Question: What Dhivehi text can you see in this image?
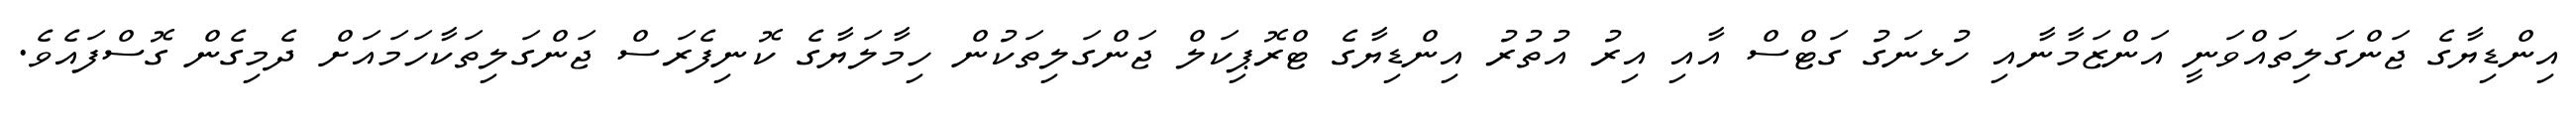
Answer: އިންޑިޔާގެ ޖަންގަލިތައްވަނީ އަންޒަމާނާއި ހުޅނަގު ގަޓްސް އާއި އިރު އުތުރު އިންޑިޔާގެ ޓްރޮޕިކަލް ޖަންގަލިތަކުން ހިމާލަޔާގެ ކޮނިފެރަސް ޖަންގަލިތަކާހަމައަށް ދެމިގެން ގޮސްފައެވެ.